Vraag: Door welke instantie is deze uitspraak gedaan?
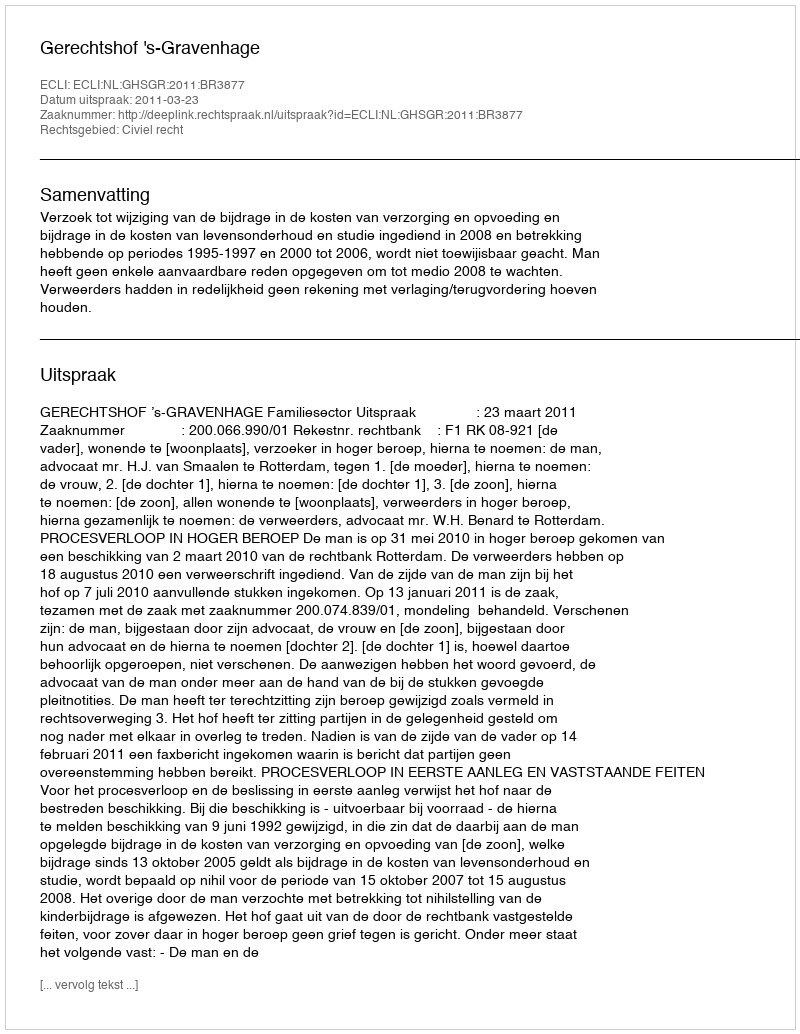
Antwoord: Gerechtshof 's-Gravenhage